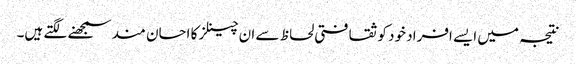
نتیجہ میں ایسے افراد خود کو ثقافتی لحاظ سے ان چینلز کا احسان مند سمجھنے لگتے ہیں۔